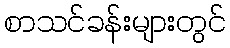
စာသင်ခန်းများတွင်